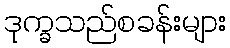
ဒုက္ခသည်စခန်းများ